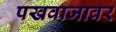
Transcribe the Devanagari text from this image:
पखवाजावर